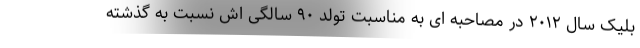
بلیک سال ۲۰۱۲ در مصاحبه ای به مناسبت تولد ۹۰ سالگی اش نسبت به گذشته